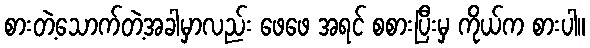
စားတဲ့သောက်တဲ့အခါမှာလည်း ဖေဖေ အရင် စစားပြီးမှ ကိုယ်က စားပါ။